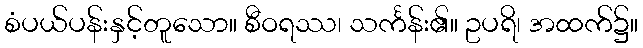
စံပယ်ပန်းနှင့်တူသော။ စီဝရဿ၊ သင်္ကန်း၏။ ဥပရိ၊ အထက်၌။